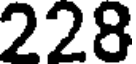
228